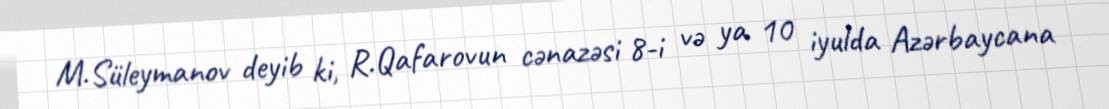
M.Süleymanov deyib ki, R.Qafarovun cənazəsi 8-i və ya 10 iyulda Azərbaycana